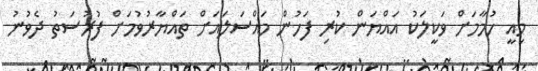
މިއީ ހުމާމަށް ވަކީލަކު އައްޔަން ކުރި ފަހުން މައްސަލައަށް ތައްޔާރުވުމަށް ފުރުސަތު ދެވުނު